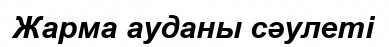
Жарма ауданы сәулеті